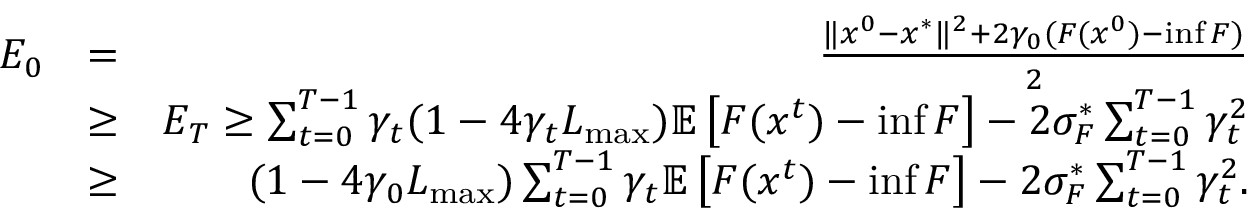
\begin{array} { r l r } { E _ { 0 } } & { = } & { \frac { \Vert x ^ { 0 } - x ^ { * } \Vert ^ { 2 } + 2 \gamma _ { 0 } ( F ( x ^ { 0 } ) - \operatorname* { i n f } F ) } { 2 } } \\ & { \geq } & { E _ { T } \geq \sum _ { t = 0 } ^ { T - 1 } \gamma _ { t } ( 1 - 4 \gamma _ { t } L _ { \operatorname* { m a x } } ) \mathbb { E } \left[ F ( x ^ { t } ) - \operatorname* { i n f } F \right] - 2 \sigma _ { F } ^ { * } \sum _ { t = 0 } ^ { T - 1 } \gamma _ { t } ^ { 2 } } \\ & { \geq } & { ( 1 - 4 \gamma _ { 0 } L _ { \operatorname* { m a x } } ) \sum _ { t = 0 } ^ { T - 1 } \gamma _ { t } \mathbb { E } \left[ F ( x ^ { t } ) - \operatorname* { i n f } F \right] - 2 \sigma _ { F } ^ { * } \sum _ { t = 0 } ^ { T - 1 } \gamma _ { t } ^ { 2 } . } \end{array}